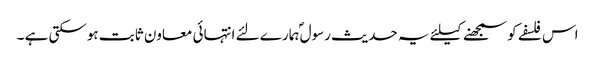
اس فلسفے کو سمجھنے کیلئے یہ حدیث رسول ؐہمارے لئے انتہائی معاون ثابت ہوسکتی ہے ۔